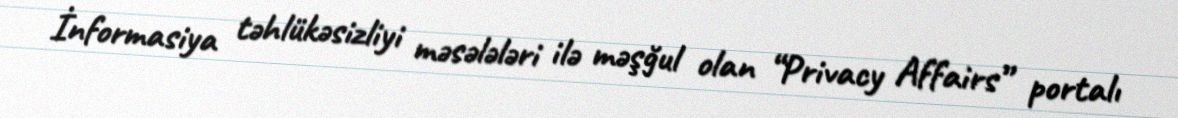
İnformasiya təhlükəsizliyi məsələləri ilə məşğul olan “Privacy Affairs” portalı